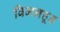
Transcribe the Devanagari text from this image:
विमनहूड